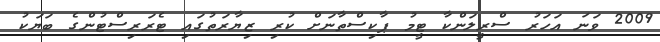
2009 ވަނަ އަހަރު ސްރީލަންކާ ޓީމު ޕާކިސްތާނަށް ކުރި ޒިޔާރަތުގައި ޓެރަރިސްޓުންގެ ބަޔަކު